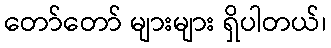
တော်တော် များများ ရှိပါတယ်၊